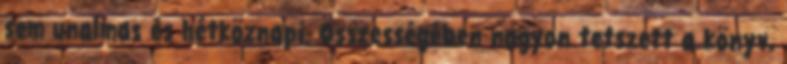
sem unalmas és hétköznapi. Összességében nagyon tetszett a könyv,